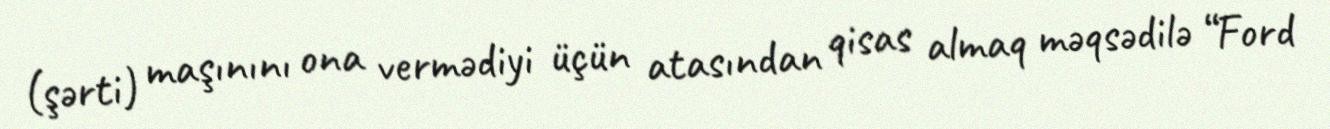
(şərti) maşınını ona vermədiyi üçün atasından qisas almaq məqsədilə “Ford